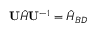
\mathbf { U } \hat { H } \mathbf { U } ^ { - 1 } = \hat { H } _ { B D }